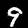
Label: 9